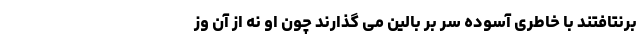
برنتافتند با خاطری آسوده سر بر بالین می گذارند چون او نه از آن وز